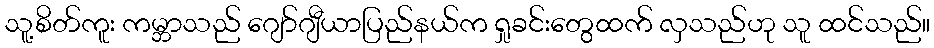
သူ့စိတ်ကူး ကမ္ဘာသည် ဂျော်ဂျီယာပြည်နယ်က ရှုခင်းတွေထက် လှသည်ဟု သူ ထင်သည်။